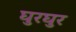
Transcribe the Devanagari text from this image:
घुरघुर